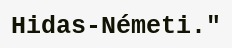
Hidas-Németi."